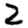
Digit: 2